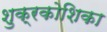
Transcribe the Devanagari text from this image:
शुक्रकोशिका